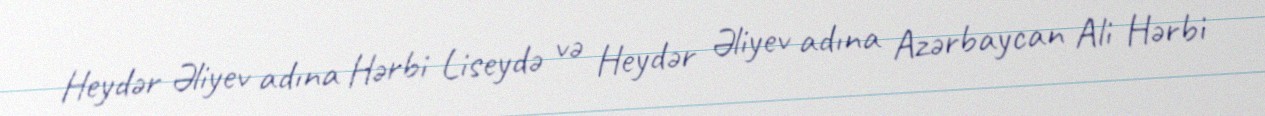
Heydər Əliyev adına Hərbi Liseydə və Heydər Əliyev adına Azərbaycan Ali Hərbi